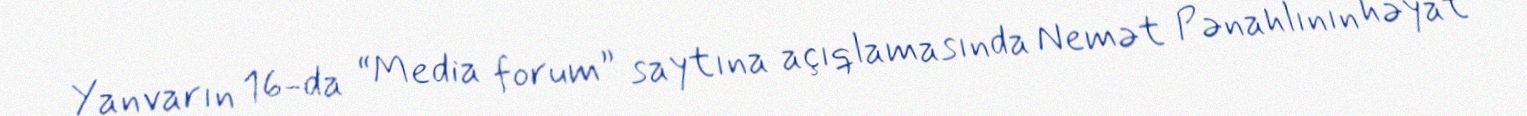
Yanvarın 16-da “Media forum” saytına açıqlamasında Nemət Pənahlının həyat